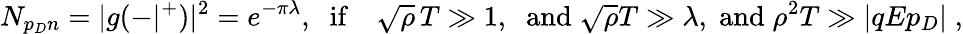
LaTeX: N_{p_{D}n}=|g(-|^{+})|^{2}=e^{-\pi\lambda},\; \; \mathrm{if}\quad\sqrt{\rho}\, T\gg 1,\; \; \mathrm{and}\; \sqrt{\rho}T\gg\lambda,\; \mathrm{and}\; \rho^{2}T\gg|qEp_{D}|\; ,